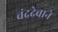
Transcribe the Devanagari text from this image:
चंद्रदेवाने